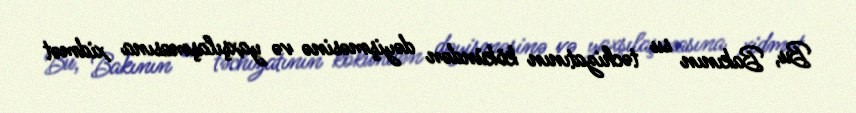
Bu, Bakının su təchizatının kökündən dəyişməsinə və yaxşılaşmasına xidmət